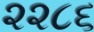
૨૨૮૬